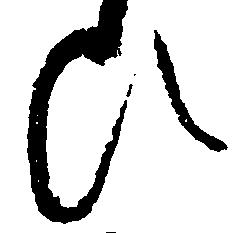
ひ